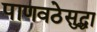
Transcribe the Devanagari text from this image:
पाणवठेसुद्धा